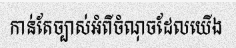
កាន់តែច្បាស់អំពីចំណុចដែលយើង